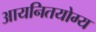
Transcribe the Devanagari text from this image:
आयनितयोग्य